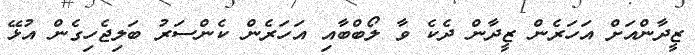
ޒީދާންއަށް އަހަރެެން ޒީދާން ދެކެ ވާ ލޯބްބާއި އަހަރެން ކެންސަރު ބަލިޖެހިގެން އުޅޭ